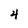
Character: 4